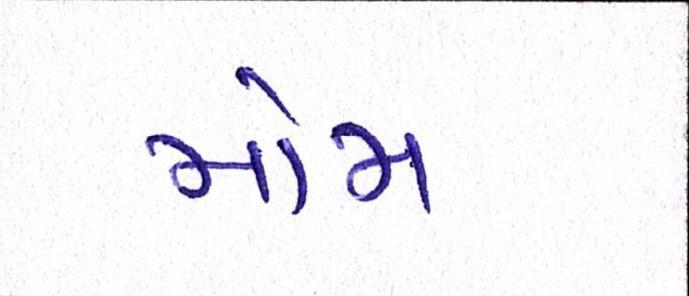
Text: મોમ